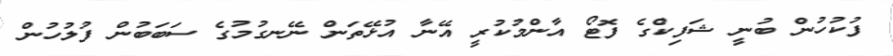
ފުކުހުން ބުނީ ޝަފިކްގެ ފޮޓޯ އާންމުކުރީ އޭނާ އުޅޭތަން ނޭނގުމުގެ ސަބަބުން ފުލުހުން